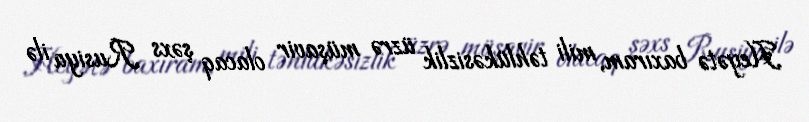
Heyətə baxıram, mili təhlükəsizlik üzrə müşavir olacaq şəxs Rusiya ilə